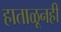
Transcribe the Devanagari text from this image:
हाताळूनही